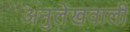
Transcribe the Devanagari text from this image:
अनुलेखवाली